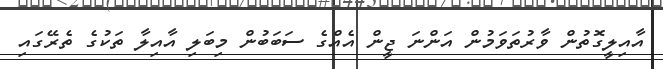
އާއިލީގޮތުން ވާރުތަވަމުން އަންނަ ޖީން އެއްގެ ސަބަބުން މިބަލި އާއިލާ ތަކުގެ ތެރޭގައި